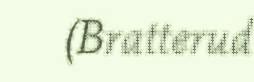
(Bratterud